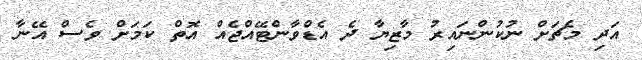
އަދި މެޗަށް ނުކުންނައިރު މާޒިޔާ ދެ އެޑްވާންޓޭއްޖެއް އޮތް ކަމަށް ވެސް އޭނާ